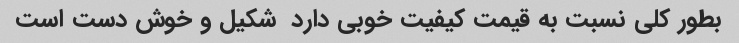
بطور کلی نسبت به قیمت کیفیت خوبی دارد  شکیل و خوش دست است